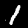
Label: 1